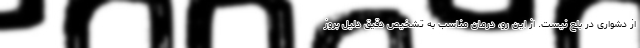
از دشواری در بلع نیست. از این رو، درمان مناسب به تشخیص دقیق دلیل بروز